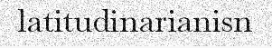
latitudinarianisn